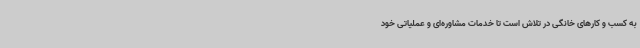
به کسب و کارهای خانگی در تلاش است تا خدمات مشاوره‌ای و عملیاتی خود